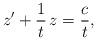
LaTeX: \begin{align*} z' + \frac{1}{t}\, z = \frac{c}{t},\end{align*}